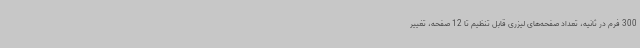
300 فرم در ثانیه، تعداد صفحه‌های لیزری قابل تنظیم تا 12 صفحه، تغییر